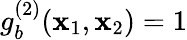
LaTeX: g_{b}^{(2)}(\mathbf{x}_{1},\mathbf{x}_{2})=1